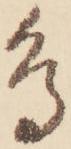
鳥